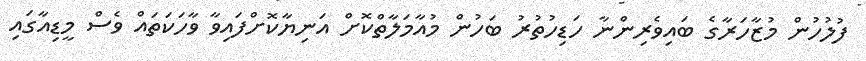
ފުލުހުން މުޒާހަރާގެ ބައިވެރިންނާ ހަޑިހުތުރު ބަހުން މުއާމަލާތްކޮށް އަނިޔާކޮށްފައިވާ ވާހަކަތައް ވެސް މީޑިއާގައި